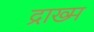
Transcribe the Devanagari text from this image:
द्राख्म